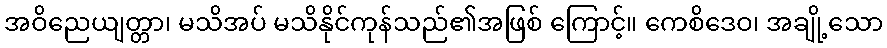
အဝိညေယျတ္တာ၊ မသိအပ် မသိနိုင်ကုန်သည်၏အဖြစ် ကြောင့်။ ကေစိဒေဝ၊ အချို့သော